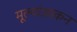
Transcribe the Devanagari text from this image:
मूल्यांआकन